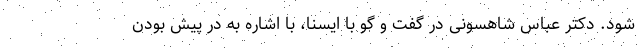
شود. دکتر عباس شاهسونی در گفت و گو با ایسنا، با اشاره به در پیش بودن